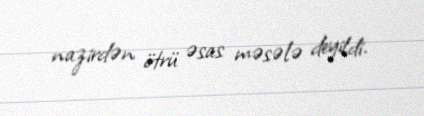
nazirdən ötrü əsas məsələ deyildi.